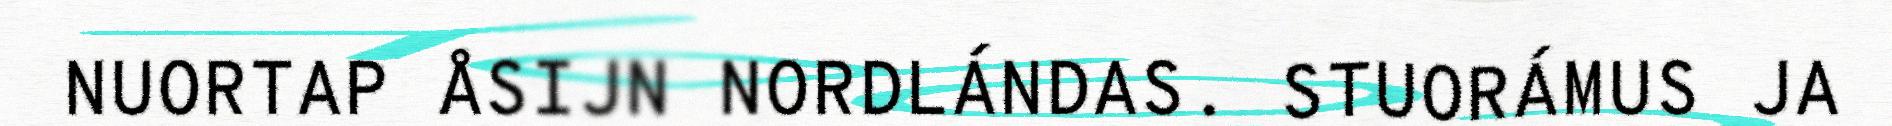
NUORTAP ÅSIJN NORDLÁNDAS. STUORÁMUS JA